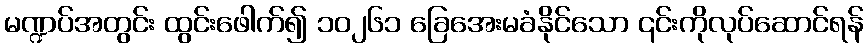
မဏ္ဍပ်အတွင်း ထွင်းဖေါက်၍ ၁၀၂၆၁ ခြေအေးမခံနိုင်သော ၎င်းကိုလုပ်ဆောင်ရန်